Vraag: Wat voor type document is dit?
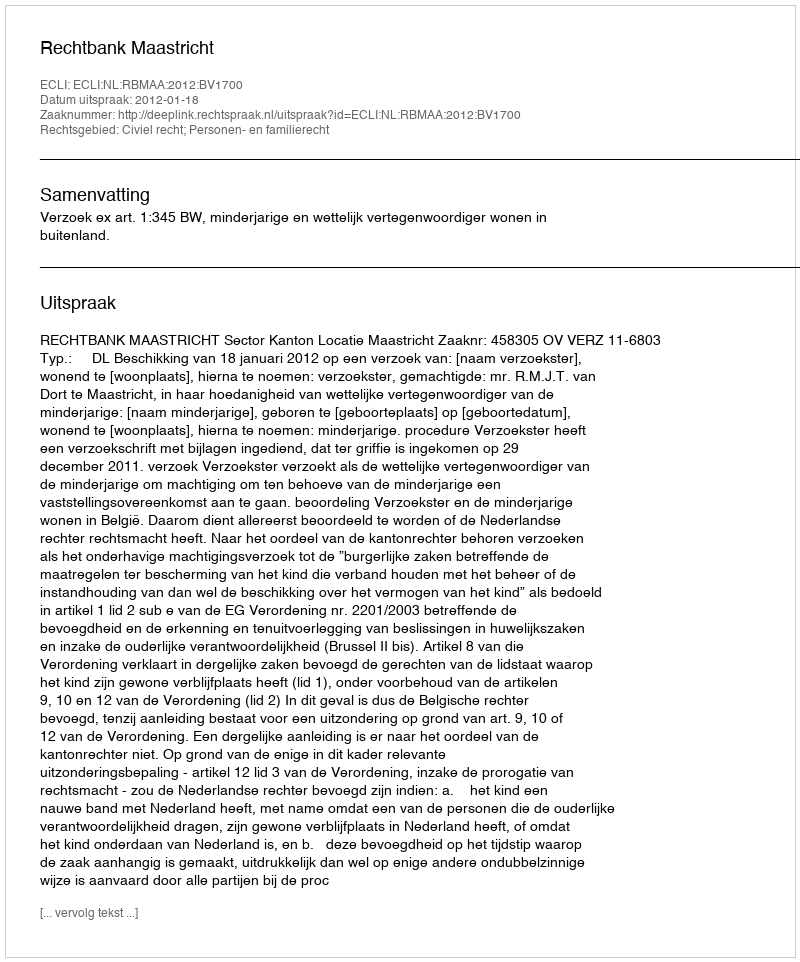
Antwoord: Uitspraak